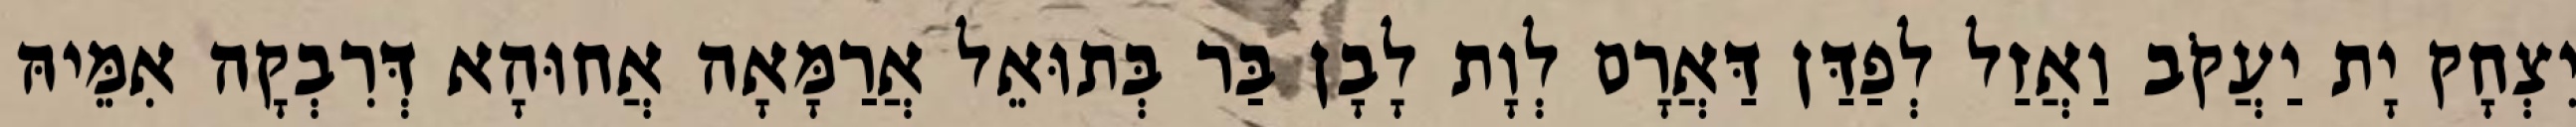
יִצְחָק יָת יַעֲקֹב וַאֲזַל לְפַדַּן דַּאֲרָם לְוָת לָבָן בַּר בְּתוּאֵל אֲרַמָּאָה אֲחוּהָא דְּרִבְקָה אִמֵּיהּ